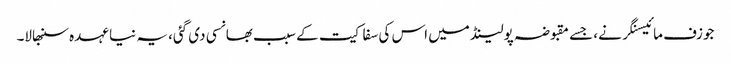
جوزف مائیسنگر نے، جسے مقبوضہ پولینڈ میں اس کی سفاکیت کے سبب بھانسی دی گئی، یہ نیا عہدہ سنبھالا۔